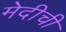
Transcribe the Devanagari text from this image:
मेदीची